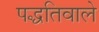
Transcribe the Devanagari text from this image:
पद्धतिवाले